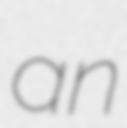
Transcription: an